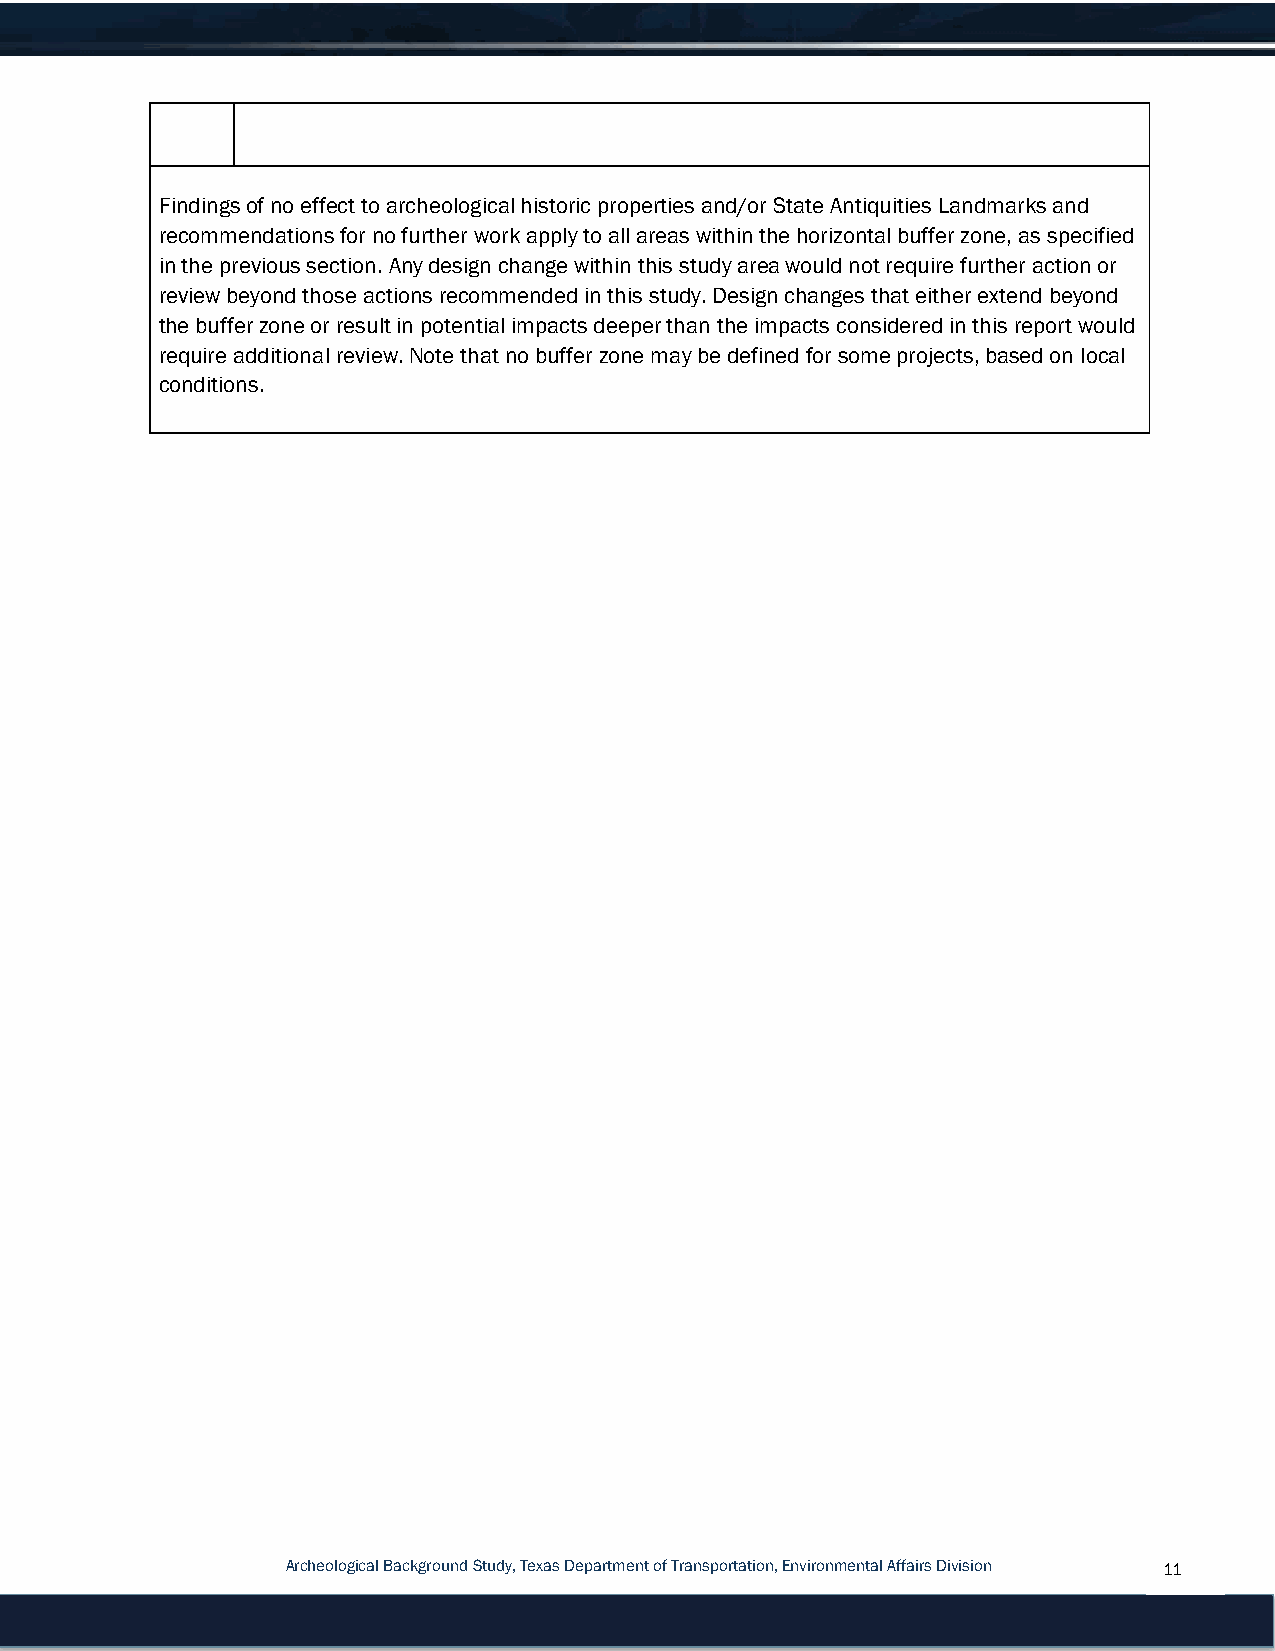
Findings of no effect to archeological historic properties and/or State Antiquities Landmarks and
 recommendations for no further work apply to all areas within the horizontal buffer zone, as specified
 in the previous section. Any design change within this study area would not require further action or
 review beyond those actions recommended in this study. Design changes that either extend beyond
 the buffer zone or result in potential impacts deeper than the impacts considered in this report would
 require additional review. Note that no buffer zone may be defined for some projects, based on local
 conditions.
 Archeological Background Study, Texas Department of Transportation, Environmental Affairs Division 11